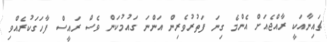
ޗައިނާއަކީ ރާއްޖެއަށް އެންމެ ގިނަ ފަތުރުވެރިން އަންނަ ގައުމުކަަން ވެސް ރައީސް ފާހަގަކުރެއްވި